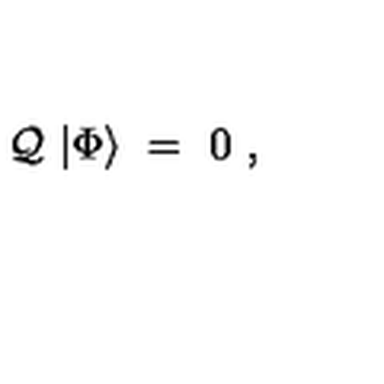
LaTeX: { \cal Q } \ | \Phi \rangle \ = \ 0 \ ,